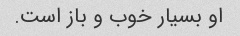
او بسیار خوب و باز است.